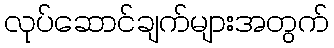
လုပ်ဆောင်ချက်များအတွက်